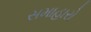
સમાહારો